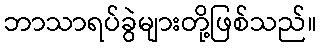
ဘာသာရပ်ခွဲများတို့ဖြစ်သည်။